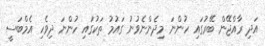
އަދި ރާއްޖޭން ބޭރުގައި ހުންނަ މިދެންނެވުުނު ގައުމު ތަކުގައި ހުންނަ ދިވެހި އެމްބަސީ